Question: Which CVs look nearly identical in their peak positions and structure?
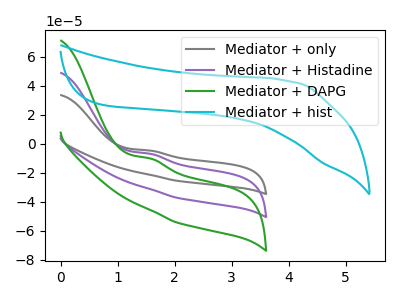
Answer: <think>The gray curve "Mediator + only" has an anodic peak at: (1.55V, -4.75uA). The purple curve "Mediator + Histadine" has an anodic peak at: (1.55V, -6.95uA). The green curve "Mediator + DAPG" has an anodic peak at: (1.55V, -13.90uA). The cyan curve "Mediator + hist" has no peaks.
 All the peaks in "Mediator + only" have a peak in "Mediator + Histadine" at the same potential. Every peak in "Mediator + only" is higher than every peak in "Mediator + Histadine". All the peaks in "Mediator + only" have a peak in "Mediator + DAPG" at the same potential. Every peak in "Mediator + only" is higher than every peak in "Mediator + DAPG". "Mediator + only" and "Mediator + hist" have a different number of peaks. All the peaks in "Mediator + Histadine" have a peak in "Mediator + DAPG" at the same potential. Every peak in "Mediator + Histadine" is higher than every peak in "Mediator + DAPG". "Mediator + Histadine" and "Mediator + hist" have a different number of peaks. "Mediator + DAPG" and "Mediator + hist" have a different number of peaks.</think>
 <answer>"Mediator + only", "Mediator + Histadine" and "Mediator + DAPG" have the same shape and are likely CV's of the same chemical.</answer>
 <eval>"Mediator + only" "Mediator + Histadine" "Mediator + DAPG"</eval>